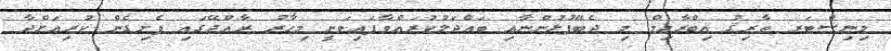
މިނިސްޓަރ ޠާރިޤު އިބްރާހިމް މި ދެބޭފުޅުންނާއި ބައްދަލުކުރައްވާފައިވަނީ މިހާރު ރާއްޖޭގައި ފެށިގެން ކުރިއަށްދާ